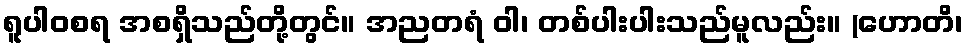
ရူပါဝစရ အစရှိသည်တို့တွင်။ အညတရံ ဝါ၊ တစ်ပါးပါးသည်မူလည်း။ (ဟောတိ၊